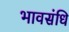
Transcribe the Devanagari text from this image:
भावसंधि